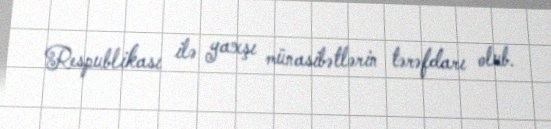
Respublikası ilə yaxşı münasibətlərin tərəfdarı olub.